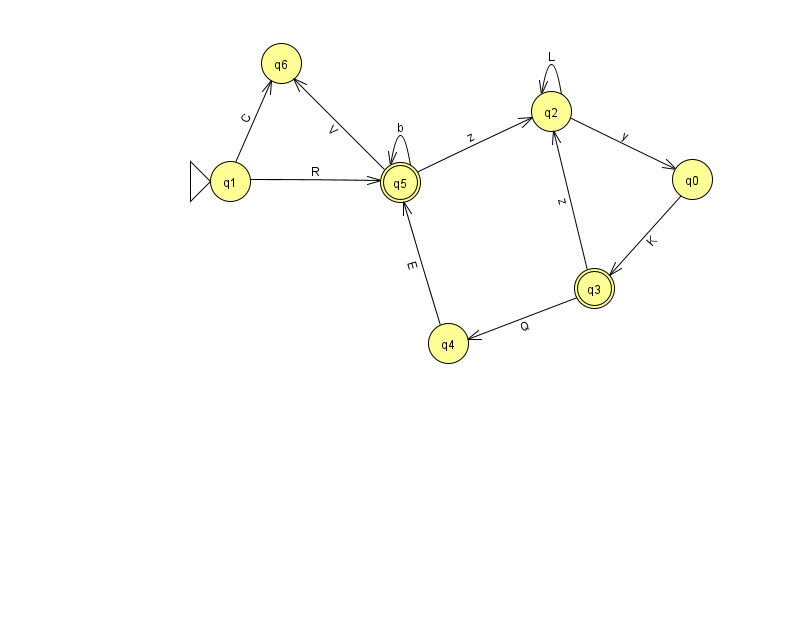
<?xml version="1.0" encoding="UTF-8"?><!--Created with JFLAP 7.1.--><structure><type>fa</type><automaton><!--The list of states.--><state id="0" name="q0"><x>692.0</x><y>166.0</y></state><state id="1" name="q1"><x>230.0</x><y>168.0</y><initial/></state><state id="2" name="q2"><x>551.0</x><y>98.0</y></state><state id="3" name="q3"><x>594.0</x><y>275.0</y><final/></state><state id="4" name="q4"><x>448.0</x><y>330.0</y></state><state id="5" name="q5"><x>400.0</x><y>169.0</y><final/></state><state id="6" name="q6"><x>281.0</x><y>50.0</y></state><!--The list of transitions.--><transition><from>1</from><to>6</to><read>C</read></transition><transition><from>2</from><to>0</to><read>y</read></transition><transition><from>5</from><to>5</to><read>b</read></transition><transition><from>1</from><to>5</to><read>R</read></transition><transition><from>3</from><to>4</to><read>Q</read></transition><transition><from>5</from><to>6</to><read>V</read></transition><transition><from>3</from><to>2</to><read>z</read></transition><transition><from>5</from><to>2</to><read>z</read></transition><transition><from>2</from><to>2</to><read>L</read></transition><transition><from>4</from><to>5</to><read>E</read></transition><transition><from>0</from><to>3</to><read>K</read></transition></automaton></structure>